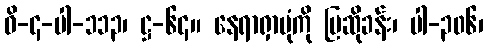
ဝိ-၄-ပါ-၁၁၃၊ ဋ္ဌ-၆၄။ နေရာရှာပုံကို ပြဆိုခန်း၊ ပါ-၃၀၆၊